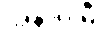
အနာဂါမီ